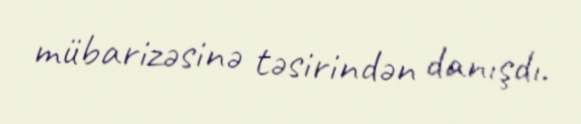
mübarizəsinə təsirindən danışdı.